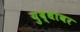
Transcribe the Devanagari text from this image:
युद्धांवर